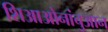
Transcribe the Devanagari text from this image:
शिआओनांचुआन